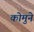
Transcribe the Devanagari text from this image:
कोमुने